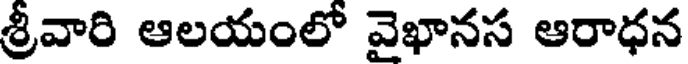
శ్రీవారి ఆలయంలో వైఖానస ఆరాధన